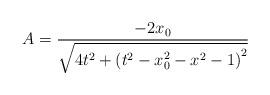
LaTeX: \begin{align*}A=\frac{-2x_{0}}{\sqrt{4t^{2}+\left( t^{2}-x_{0}^{2}-x^{2}-1\right) ^{2}}}\end{align*}